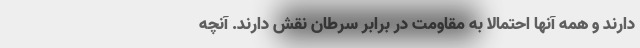
دارند و همه آنها احتمالاً به مقاومت در برابر سرطان نقش دارند. آنچه